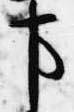
事